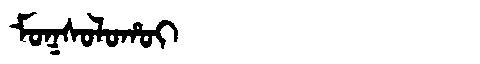
Manchu: ᠮᠣᡴᠰᠣᠯᠣᡥᠣᡳ
Romanization: MOKSOLOHOI